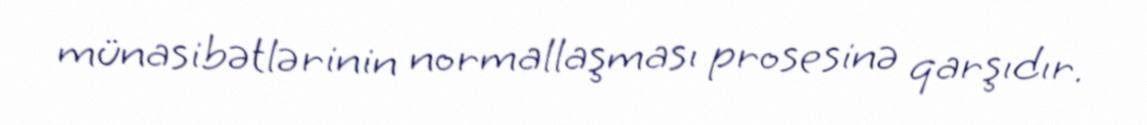
münasibətlərinin normallaşması prosesinə qarşıdır.